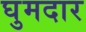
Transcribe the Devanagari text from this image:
घुमदार